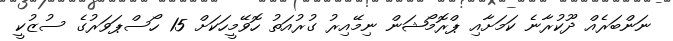
ނަންބަރެއް ދޫކުރާނެ ކަމަށާއި ޕްރޮމޯޝަން ނިމޭއިރު ގުރުއަތު ހޮވޭމީހަކަށް 15 ހޯސްޕަވަރުގެ ސުޒުކީ